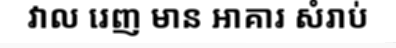
វាល រេញ មាន អាគារ សំរាប់